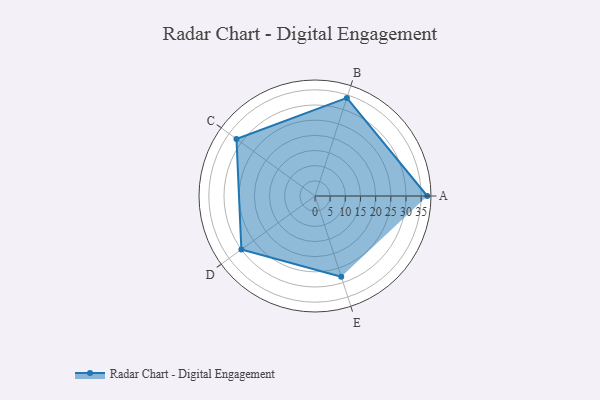
{"axis": {"x": "Skill", "y": "Score"}, "legend": ["Profile"], "data": [{"x": "A", "y": 37.0, "type": "Profile"}, {"x": "B", "y": 34.0, "type": "Profile"}, {"x": "C", "y": 32.0, "type": "Profile"}, {"x": "D", "y": 30.0, "type": "Profile"}, {"x": "E", "y": 28.0, "type": "Profile"}]}